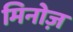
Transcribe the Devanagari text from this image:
मिनोज़